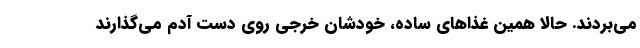
می‌بردند. حالا همین غذاهای ساده، خودشان خرجی روی دست آدم می‌گذارند